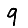
Digit: 9